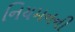
નિયમનની